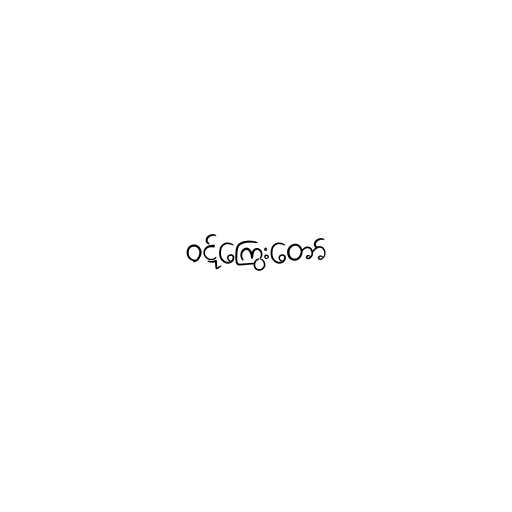
ဝဋ်ကြွေးတော်